Annual report on the Civil Veterinary Department, Burma (including the Insein Veterinary School) - 1932-1941
Year: 1932
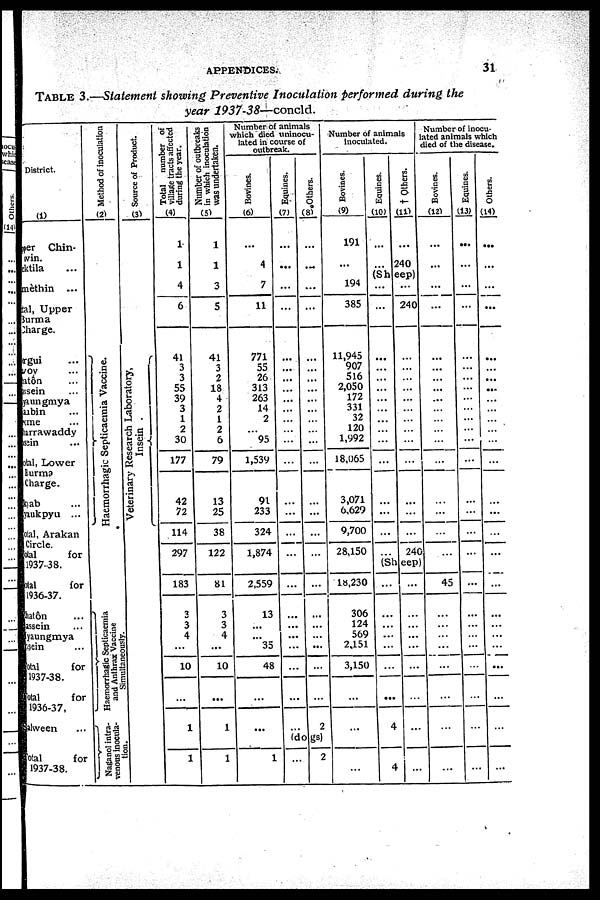
APPENDICES.
31
TABLE
3.—Statement showing Preventive
Inoculation
performed
during
the
year
1937-38—concld.
District.
(1)
er Chin-
ivin.
ktila ...
mèthin ...
al, Upper
urma
harge.
rgui ...
voy ...
atôn ...
sein ...
aungmya
ubin ...
me ...
rrawaddy
sein ...
oal, Lower
Burma
Charge.
kyab ...
yaukpyu ...
al, Arakan
Circle.
otal
for
1937-38.
otal
for
1936-37.
hatôn ...
assein ...
yaungmya
isein ...
otal
for
1937-38.
otal
for
1936-37,
alween ...
otal
for
1937-38.
Method of inoculation
(2)
Haemorrhagic Septicaemia Vaccine.
Haemorrhagic Septicaemia
and Anthrax Vaccine
Simultaneously
Source of Product.
(3)
Veterinary Research Laboratory,
Insein .
.
Nagianol intra-
enous inocula-
tion.
Total number of
village tracts affected
during the year.
(4)
1
1
4
6
41
3
3
55
39
3
1
2
30
177
42
72
114
297
183
3
3
4
...
10
...
1
1
Number of outbreaks
in which inoculation
was undertaken.
(5)
1
1
3
5
41
3
2
18
4
2
1
2
6
79
13
25
38
122
81
3
3
4
...
10
...
1
1
Number of animals
which died uninocu-
lated in course of
outbreak.
Bovines.
(6)
...
4
7
11
771
55
26
313
263
14
2
...
95
1,539
91
233
324
1,874
2,559
13
...
...
35
48
...
...
1
Equines.
(7)
...
...
...
...
...
...
...
...
...
...
...
...
...
...
...
...
...
...
...
...
...
...
...
...
...
Others.
(8)
...
...
...
...
...
...
...
...
...
...
...
...
...
...
...
...
...
...
...
...
...
...
...
... 2
(dogs)
...
2
Number of animals
inoculated.
Bovines.
(9)
191
...
194
385
11,945
907
516
2,050
172
331
32
120
1,992
18,065
3,071
6,629
9,700
28,150
18,230
306
124
569
2,151
3,150
...
...
...
Equines.
(10)
...
...
† Others.
(11)
...
240
(Sheep)
...
...
...
...
...
...
...
...
...
...
...
...
...
...
...
...
...
240
...
...
...
...
...
...
...
...
...
...
...
...
...
240
(Sheep)
...
...
...
...
...
...
...
4
4
...
...
...
...
...
...
...
...
...
Number of inocu-
ated animals which
died of the disease.
Bovines.
(12)
...
...
...
...
...
...
...
...
...
...
...
...
...
...
...
...
...
...
45
...
...
...
...
...
...
...
...
Equines.
(13)
...
...
...
...
...
...
...
...
...
...
...
...
...
...
...
...
...
...
...
...
...
...
...
...
...
...
...
Others.
(14)
...
...
...
...
...
...
...
...
...
...
...
...
...
...
...
...
...
...
...
...
...
...
...
...
...
...
...